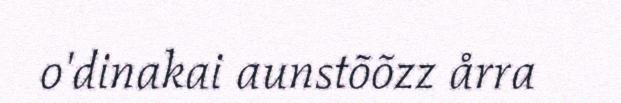
o'dinakai aunstõõzz årra